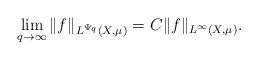
LaTeX: \begin{align*} \lim_{q\rightarrow \infty}\|f\|_{L^{\Psi_q}(X,\mu)}=C\|f\|_{L^\infty(X,\mu)}.\end{align*}